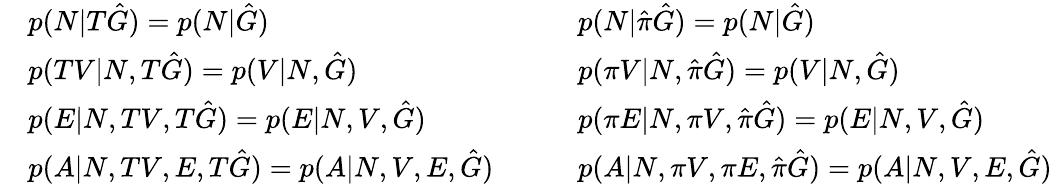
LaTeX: \begin{array}{rlrl}&{p(N|T\hat{G})=p(N|\hat{G})}&&{p(N|\hat{\pi}\hat{G})=p(N|\hat{G})}\\ &{p(TV|N,T\hat{G})=p(V|N,\hat{G})}&&{p(\pi V|N,\hat{\pi}\hat{G})=p(V|N,\hat{G})}\\ &{p(E|N,TV,T\hat{G})=p(E|N,V,\hat{G})}&&{p(\pi E|N,\pi V,\hat{\pi}\hat{G})=p(E|N,V,\hat{G})}\\ &{p(A|N,TV,E,T\hat{G})=p(A|N,V,E,\hat{G})\quad}&&{p(A|N,\pi V,\pi E,\hat{\pi}\hat{G})=p(A|N,V,E,\hat{G})}\end{array}